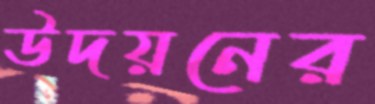
উদয়নের